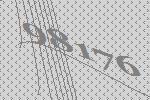
98176